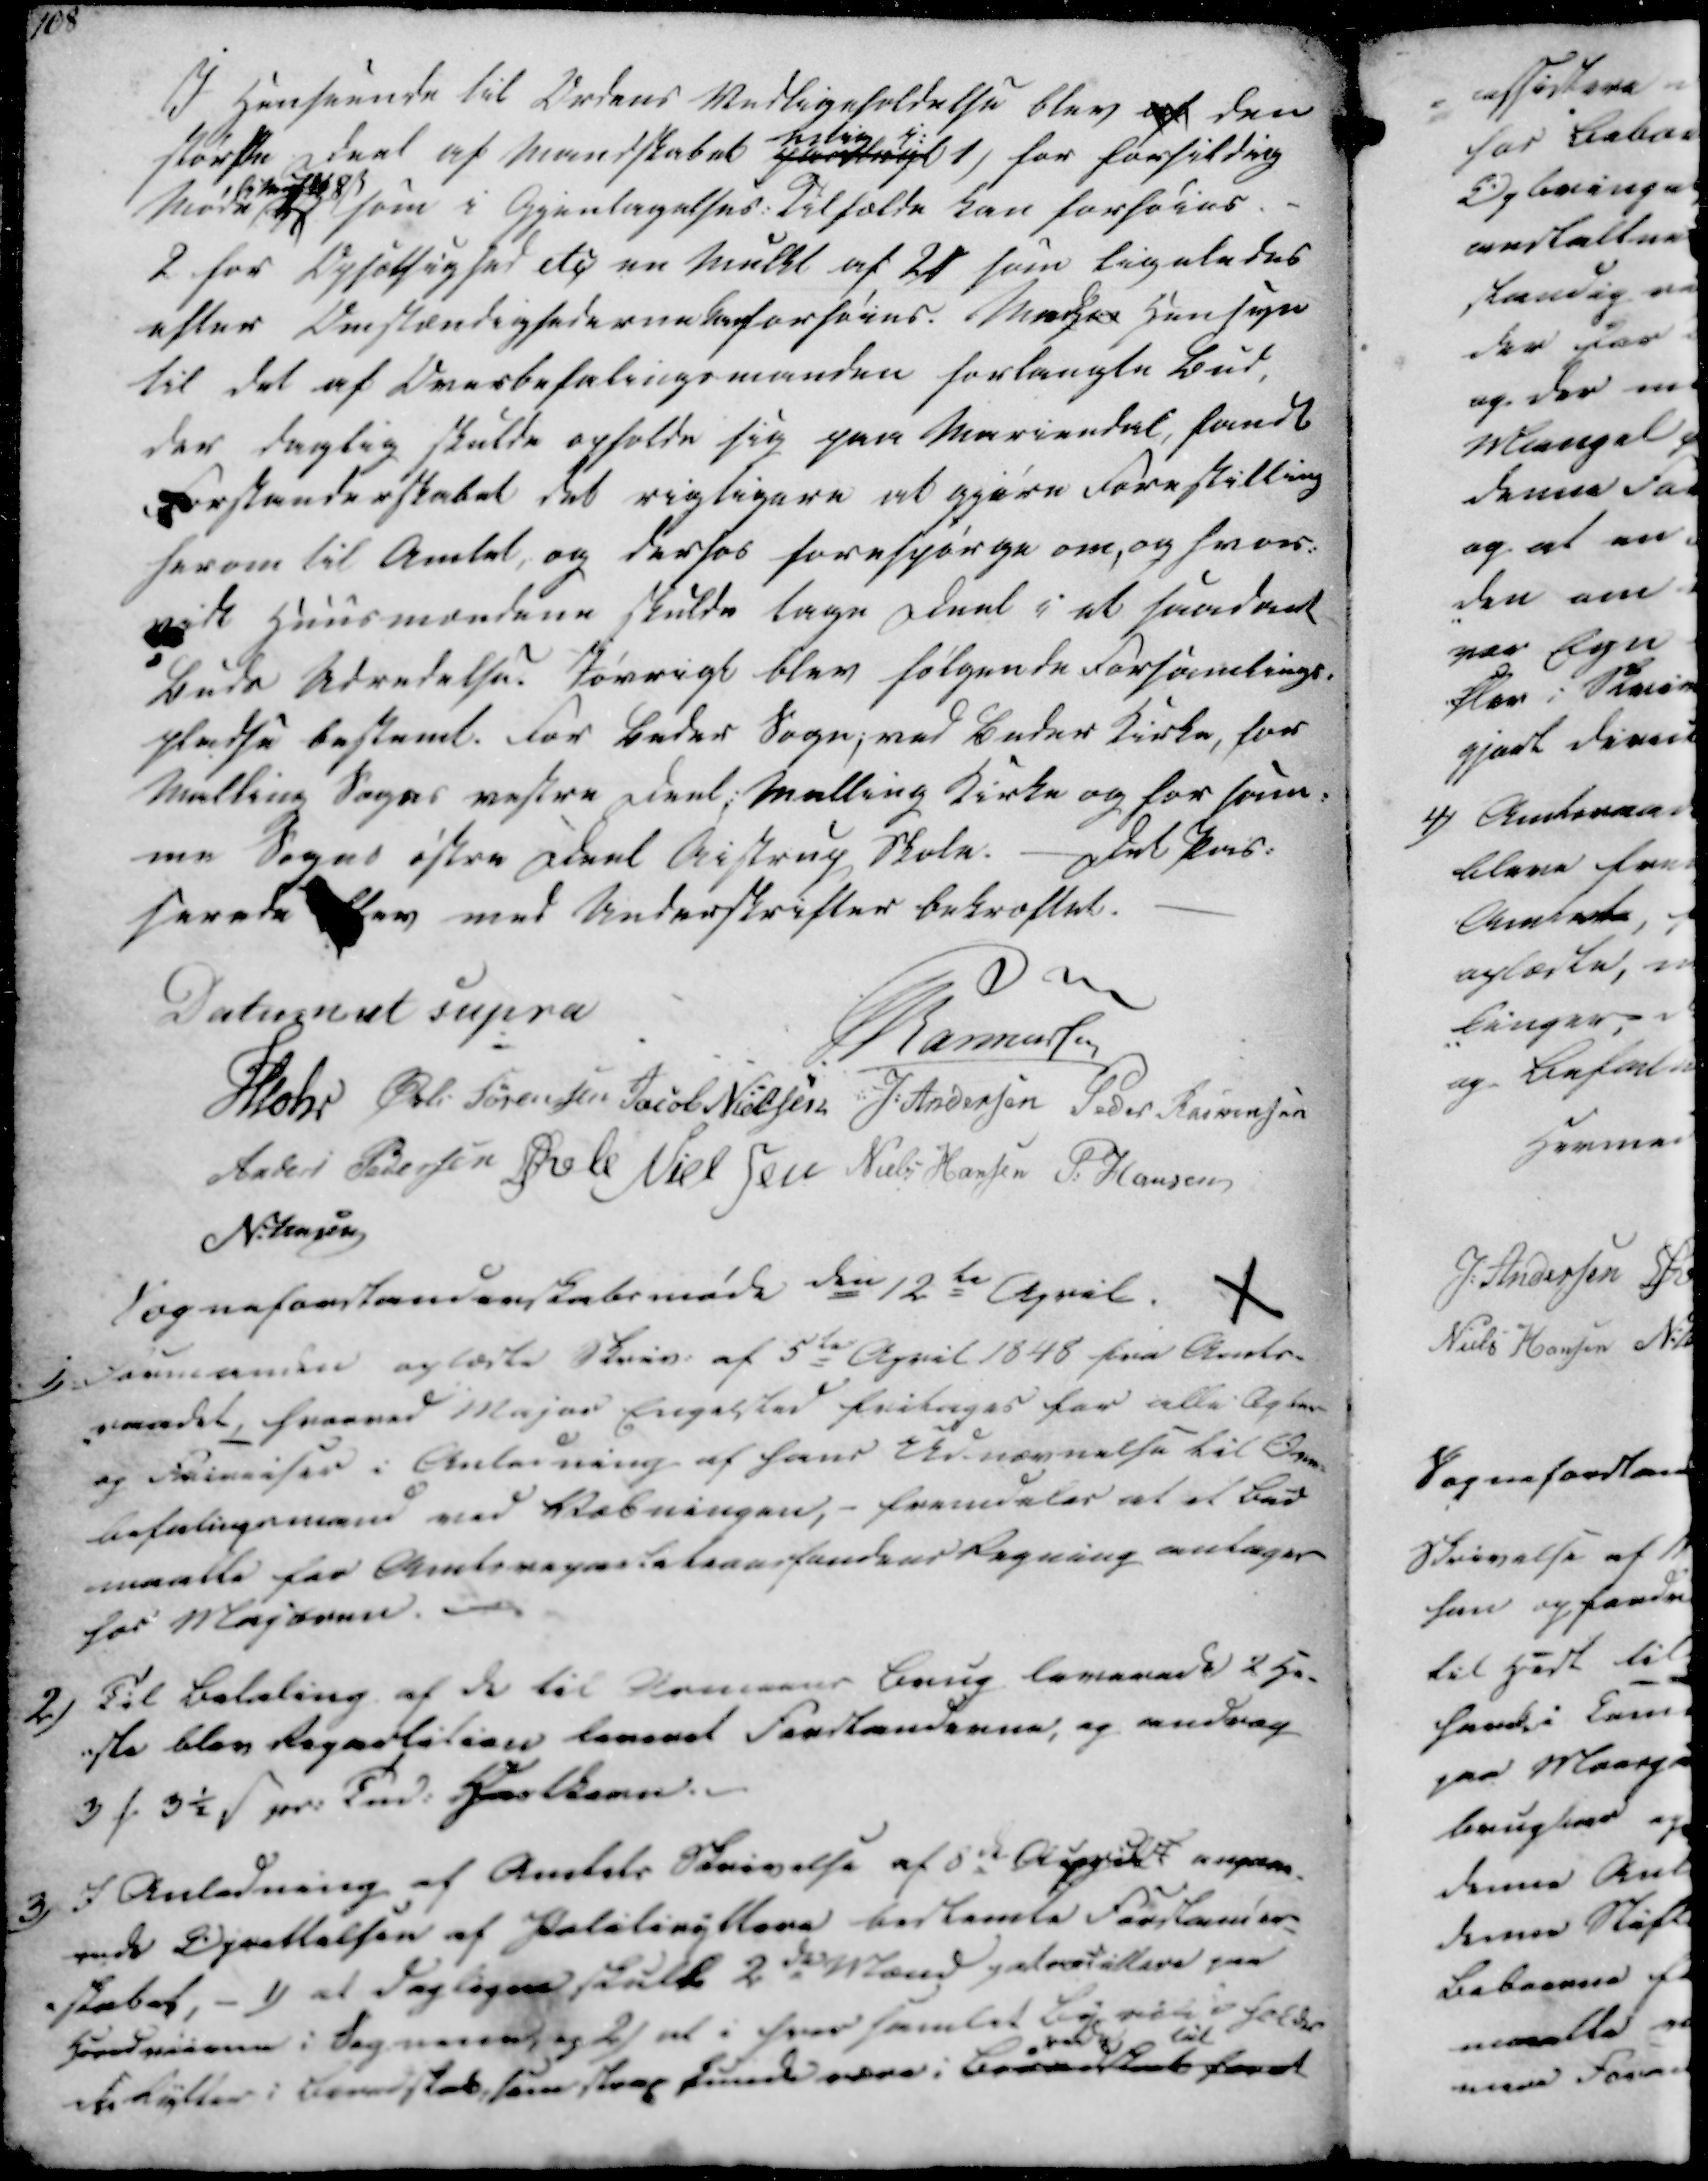
Transskription:
I Henseende til Ordens Vedligeholdelse blev af den
største Deel af Mandskabet partlagt
seslig i:
1) for forsikdrig
Møde
83
som i Gjentagelses. Tilfælde kan forhøres.
2 for Opsætsighed etc en Mulkt af 20₻ som ligeledes
efter Omstændighederne kan forhøres. Medqvi Hensyn
til det af Overbefalingsmanden forlangte Bud
der daglig skulde opholde sig paa Mariendal, fandt
Forstanderskabet det rigtigere at gjøre Forestilling
herom til Amtet, og derhos forespørge om, og hvor-
vidt Huusmændene skulde tage Deel i et saadant
Buds Udredelse. Iøvrigt blev følgende Forsamlings-
pladse bestemt. For Beder Sogn; ved Beder Kirke, for
Malling Sogns vestre Deel: Malling Kirke og for sam-
me Sogns østre Deel Aistrup Skole. - Det Pas-
serede blev med Underskrifter bekræftet.

Datum ut supra
Rasmussen
Mohr
Øvli Sørensen
Jacob Nielsen
J. Andersen
Peder Rasmussen
Anders Pedersen
Øvle Nielsen
Niels Hansen
P. Hansen
N. Jensen
Sogneforstanderskabsmøde den 12te April.

1) Formanden oplæste Skriv. af 5te April 1848 fra Amts-
-raadet, hvorved Major Engelsted fritages for alle Ægte-
og Frireiser i Anledning af hans Udnævnelse til Over-
befalingsmand ved Væbningen, - fremdeles at et Bud
maatte for Amtsrepartetionsfondens Regning antages
hos Majoren.

2) Til Betaling af de til kommens Brug leverede 2 He-
-ste blev Repartition leveret Forstanderne, og andrag
3 ₻ 3½ ẞ pr. Tnd. Hartkorn.

3)
I Anledning af Amtets Skrivelse af 8de April d.A. angaa-
ende Oprettelsen af Politiiryttere bestemte Forstander-
-skabet, - 1) at Dagligen skulde 2de Mænd patrocillere paa
Hovedveiene i Sognene og 2) at i hver samlet By vil i Folke-
ske Rytter i Beredskab, som strax kunde være i Beredskab for at
rede til